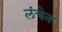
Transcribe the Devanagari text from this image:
लंचेन